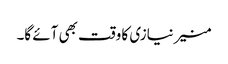
منیر نیازی کا وقت بھی آئے گا۔